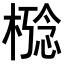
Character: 𪳋